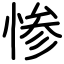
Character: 惨